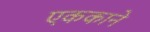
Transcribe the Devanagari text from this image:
एककाने